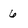
Character: 6